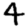
Digit: 4